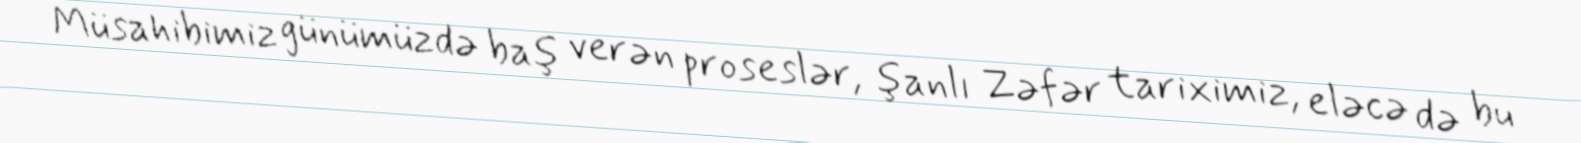
Müsahibimiz günümüzdə baş verən proseslər, şanlı Zəfər tariximiz, eləcə də bu